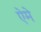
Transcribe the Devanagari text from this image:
ऐमे